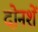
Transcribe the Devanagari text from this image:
दोनशें